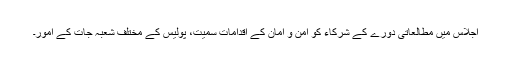
اجلاس میں مطالعاتی دورے کے شرکاء کو امن و امان کے اقدامات سمیت، پولیس کے مختلف شعبہ جات کے امور۔